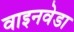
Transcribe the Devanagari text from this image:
वाइनवेडा